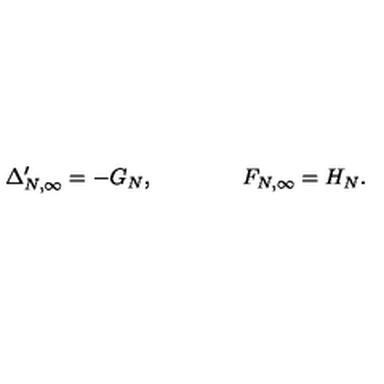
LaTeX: \Delta _ { N , \infty } ^ { \prime } = - G _ { N } , \qquad \qquad F _ { N , \infty } = H _ { N } .